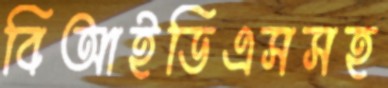
বিআইডিএসসহ